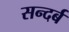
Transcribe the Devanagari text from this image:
सन्दर्ब